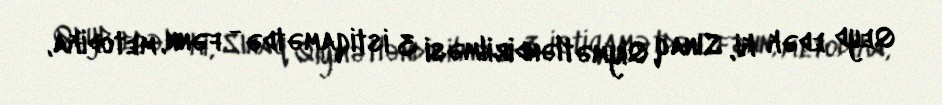
Qeyd edək ki, Sınaq Qiymətləndirilməsi 3 istiqamətdə - fənn, metodika,